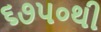
૬૭૫૦થી